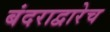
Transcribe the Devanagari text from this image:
बंदराद्वारेच